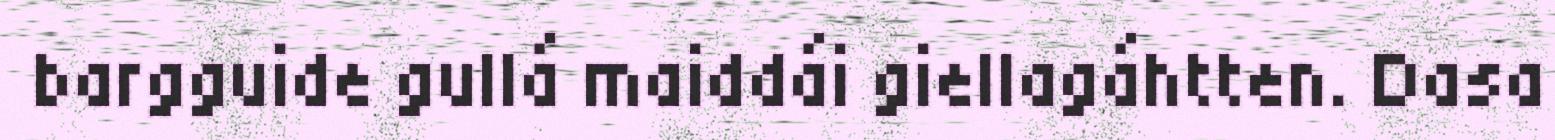
bargguide gullá maiddái giellagáhtten. Dasa